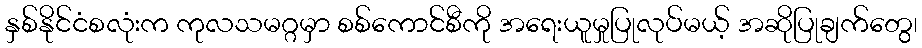
နှစ်နိုင်ငံစလုံးက ကုလသမဂ္ဂမှာ စစ်ကောင်စီကို အရေးယူမှုပြုလုပ်မယ့် အဆိုပြုချက်တွေ၊